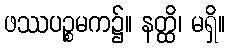
ဖဿပဉ္စမက၌။ နတ္ထိ၊ မရှိ။